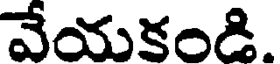
వేయకండి.